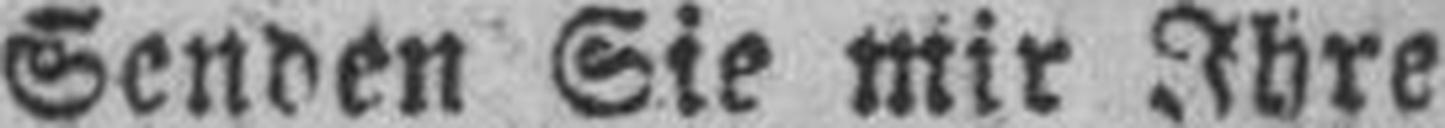
Senden Sie mir Ihre